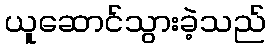
ယူဆောင်သွားခဲ့သည်